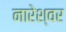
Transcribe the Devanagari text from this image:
नारेश्‍वर